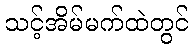
သင့်အိမ်မက်ထဲတွင်